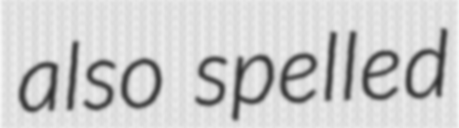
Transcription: also spelled